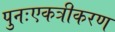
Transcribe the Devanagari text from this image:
पुनःएकत्रीकरण